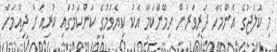
މި ކޮލެޖުގެ އެންމެހާ ދަރިވަރުން ހިމޭންކަމާ އެކު ކިޔެވުމުގެ ކަންކަމުގައި ކުރިއަށް ދިއުމަށް